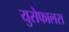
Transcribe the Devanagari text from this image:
युसेफालस